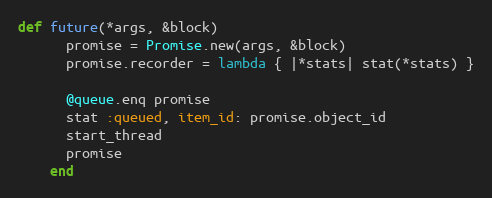
Language: Ruby
def future(*args, &block)
      promise = Promise.new(args, &block)
      promise.recorder = lambda { |*stats| stat(*stats) }

      @queue.enq promise
      stat :queued, item_id: promise.object_id
      start_thread
      promise
    end